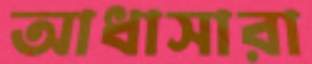
আধাসারা